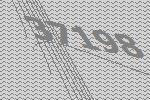
37198